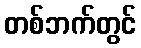
တစ်ဘက်တွင်